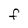
Character: F